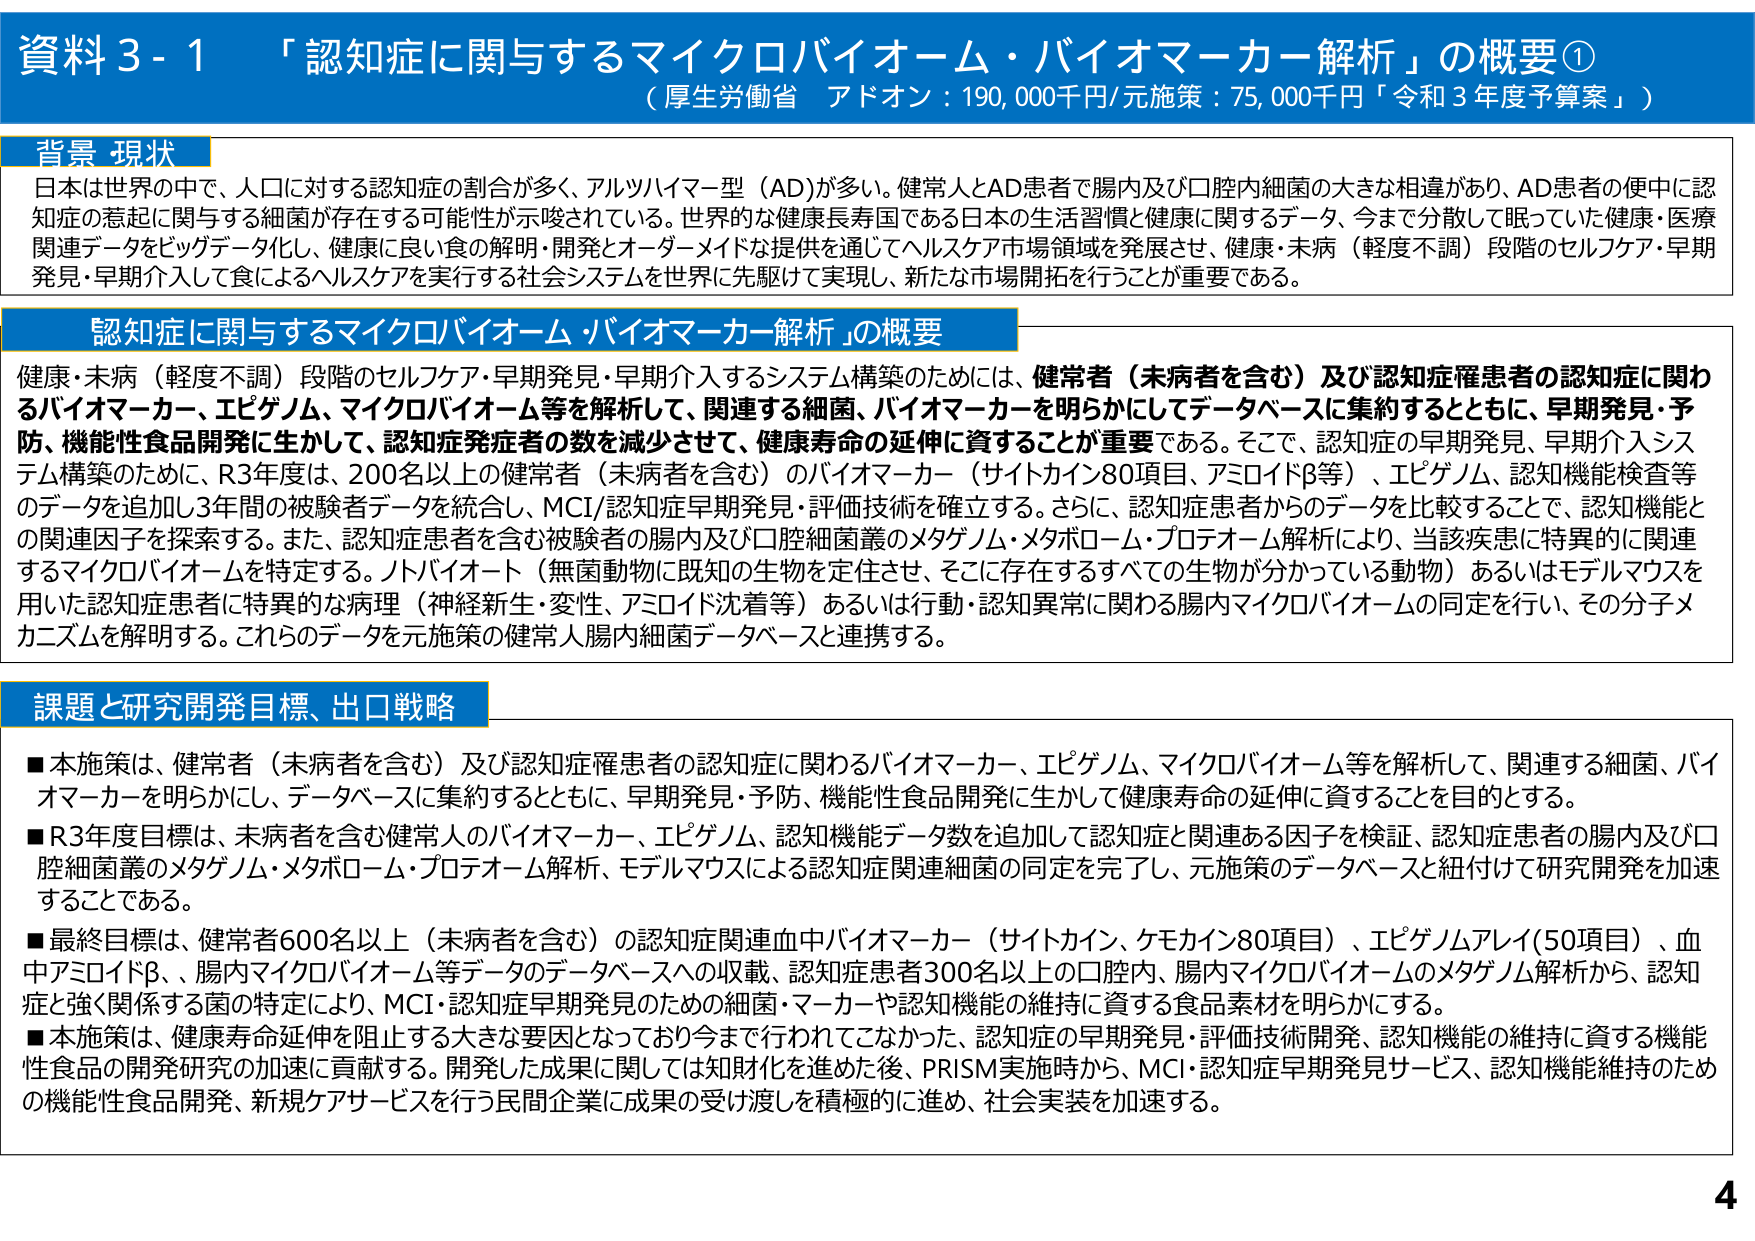
資料3-1 「認知症に関与するマイクロバイオーム・バイオマーカー解析」の概要①
（厚生労働省 アドオン：190,000千円/元施策：75,000千円「令和3年度予算案」）

背景 現状
日本は世界の中で、人口に対する認知症の割合が多く、アルツハイマー型（AD）が多い。健常人とAD患者で腸内及び口腔内細菌の大きな相違があり、AD患者の便中に認知症の惹起に関与する細菌が存在する可能性が示唆されている。世界的な健康長寿国である日本の生活習慣と健康に関するデータ、今まで分散して眠っていた健康・医療関連データをビッグデータ化し、健康に良い食の解明・開発とオーダーメイドな提供を通じてヘルスケア市場領域を発展させ、健康・未病（軽度不調）段階のセルフケア・早期発見・早期介入して食によるヘルスケアを実行する社会システムを世界に先駆けて実現し、新たな市場開拓を行うことが重要である。

認知症に関与するマイクロバイオーム・バイオマーカー解析」の概要
健康・未病（軽度不調）段階のセルフケア・早期発見・早期介入するシステム構築のためには、健常者（未病者を含む）及び認知症罹患者の認知症に関わるバイオマーカー、エピゲノム、マイクロバイオーム等を解析して、関連する細菌、バイオマーカーを明らかにしてデータベースに集約するとともに、早期発見・予防、機能性食品開発に生かして、認知症発症者の数を減少させて、健康寿命の延伸に資することが重要である。そこで、認知症の早期発見、早期介入システム構築のために、R3年度は、200名以上の健常者（未病者を含む）のバイオマーカー（サイトカイン80項目、アミロイドβ等）、エピゲノム、認知機能検査等のデータを追加し3年間の被験者データを統合し、MCI/認知症早期発見・評価技術を確立する。さらに、認知症患者からのデータを比較することで、認知機能との関連因子を探求する。また、認知症患者を含む被験者の腸内及び口腔細菌叢のメタゲノム・メタボローム・プロテオーム解析により、当該疾患に特異に関連するマイクロバイオームを特定する。ノトバイオート（無菌動物に既知の生物を定住させ、そこに存在するすべての生物が分かっている動物）あるいはモデルマウスを用いた認知症患者に特異的な病理（神経新生・変性、アミロイド沈着等）あるいは行動・認知異常に関わる腸内マイクロバイオームの同定を行い、その分子メカニズムを解明する。これらのデータを元施策の健常人腸内細菌データベースと連携する。

課題と研究開発目標、出口戦略
■本施策は、健常者（未病者を含む）及び認知症罹患者の認知症に関わるバイオマーカー、エピゲノム、マイクロバイオーム等を解析して、関連する細菌、バイオマーカーを明らかにし、データベースに集約するとともに、早期発見・予防、機能性食品開発に生かして健康寿命の延伸に資することを目的とする。
■R3年度目標は、未病者を含む健常人のバイオマーカー、エピゲノム、認知機能データ数を追加して認知症と関連ある因子を検証、認知症患者の腸内及び口腔細菌叢のメタゲノム・メタボローム・プロテオーム解析、モデルマウスによる認知症関連細菌の同定を完了し、元施策のデータベースと紐付けて研究開発を加速することである。
■最終目標は、健常者600名以上（未病者を含む）の認知症関連血中バイオマーカー（サイトカイン、ケモカイン80項目）、エピゲノムアレイ(50項目)、血中アミロイドβ、腸内マイクロバイオーム等データのデータベースへの収載、認知症患者300名以上の口腔内、腸内マイクロバイオームのメタゲノム解析から、認知症と強く関係する菌の特定により、MCI・認知症早期発見のための細菌・マーカーや認知機能の維持に資する食品素材を明らかにする。
■本施策は、健康寿命延伸を阻止する大きな要因となっており今まで行われてこなかった、認知症の早期発見・評価技術開発、認知機能の維持に資する機能性食品の開発研究の加速に貢献する。開発した成果に関しては知財化を進めた後、PRISM実施時から、MCI・認知症早期発見サービス、認知機能維持のための機能性食品開発、新規ケアサービスを行う民間企業に成果の受け渡しを積極的に進め、社会実装を加速する。

4